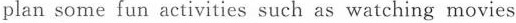
plan some fun activities such as watching movies